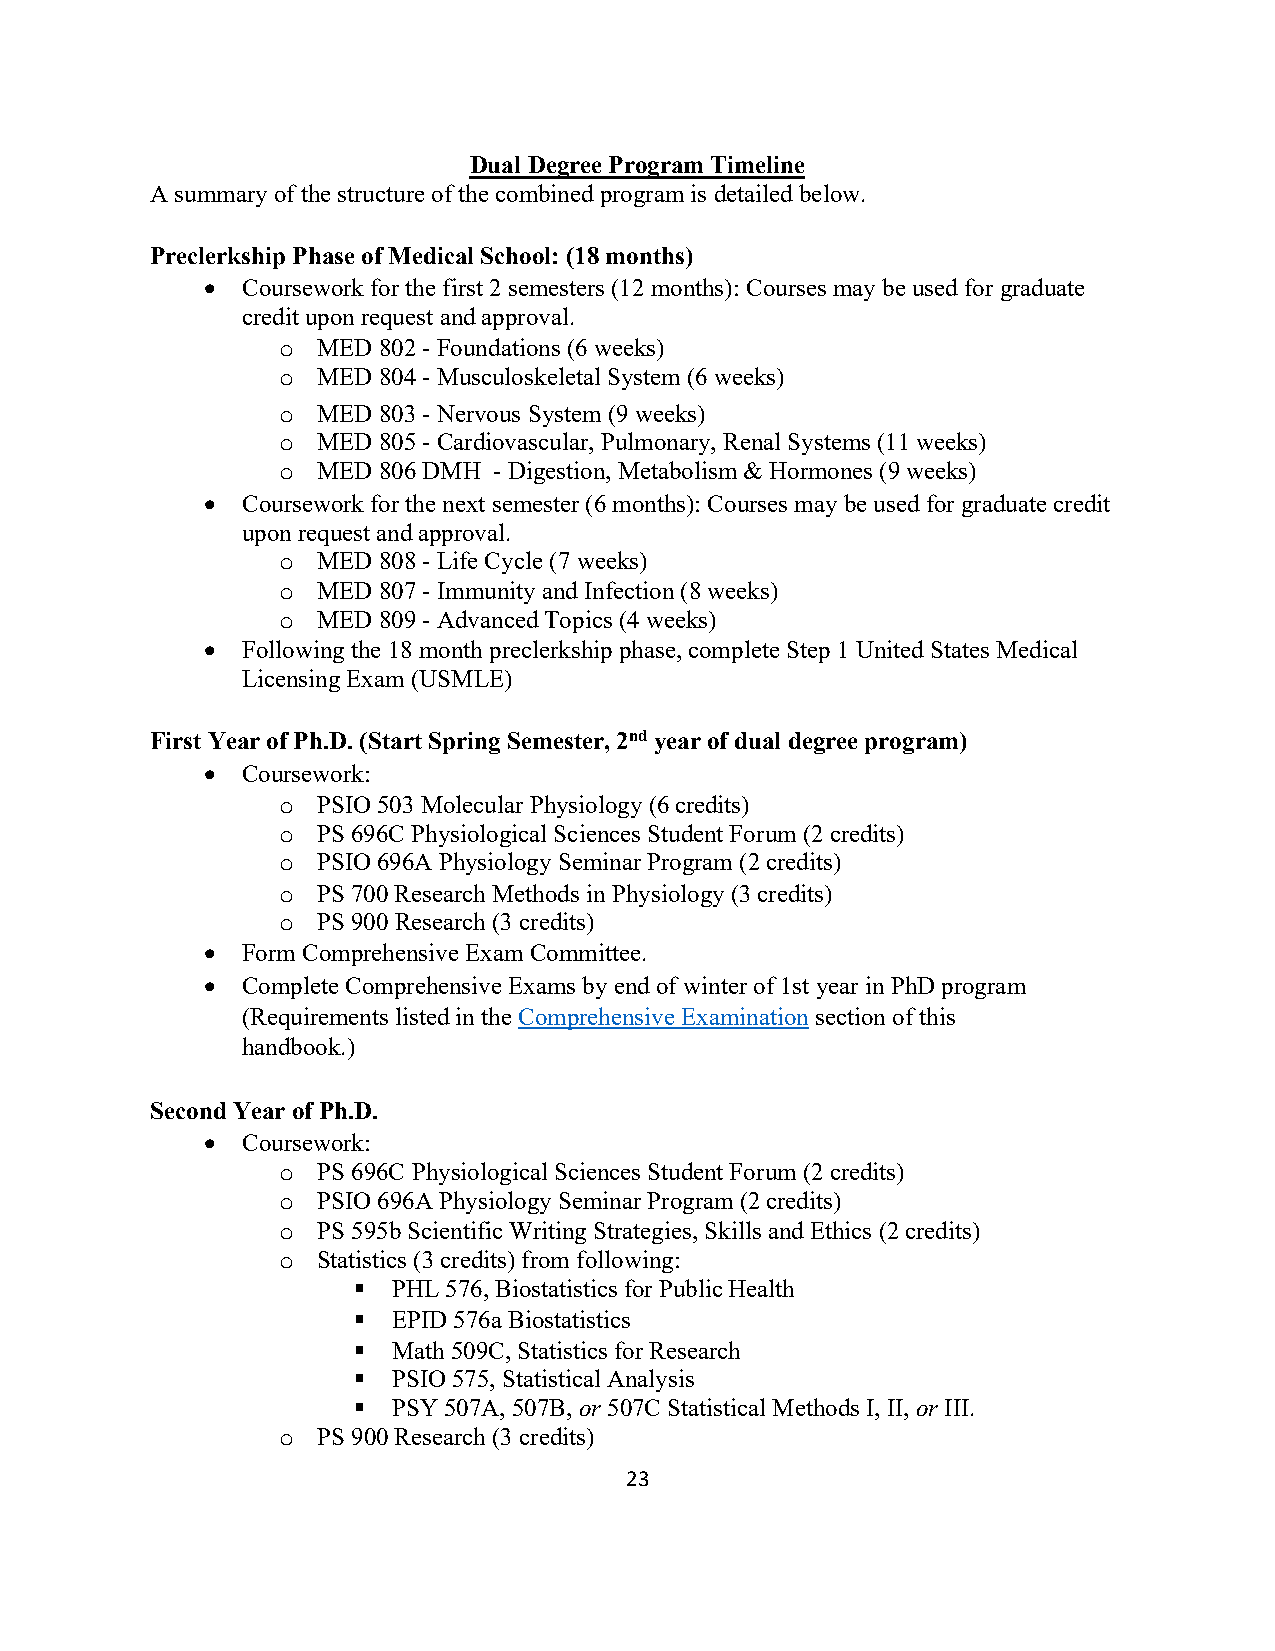
Dual Degree Program Timeline
 A summary of the structure of the combined program is detailed below.
 Preclerkship Phase of Medical School: (18 months)
 • Coursework for the first 2 semesters (12 months): Courses may be used for graduate
 credit upon request and approval.
 MED 802 - Foundations (6 weeks)
 o
 MED 804 - Musculoskeletal System (6 weeks)
 o
 MED 803 - Nervous System (9 weeks)
 o
 MED 805 - Cardiovascular, Pulmonary, Renal Systems (11 weeks)
 o
 MED 806 DMH - Digestion, Metabolism & Hormones (9 weeks)
 o
 • Coursework for the next semester (6 months): Courses may be used for graduate credit
 upon request and approval.
 MED 808 - Life Cycle (7 weeks)
 o
 MED 807 - Immunity and Infection (8 weeks)
 o
 MED 809 - Advanced Topics (4 weeks)
 o
 • Following the 18 month preclerkship phase, complete Step 1 United States Medical
 Licensing Exam (USMLE)
 First Year of Ph.D. (Start Spring Semester, 2nd year of dual degree program)
 • Coursework:
 PSIO 503 Molecular Physiology (6 credits)
 o
 PS 696C Physiological Sciences Student Forum (2 credits)
 o
 PSIO 696A Physiology Seminar Program (2 credits)
 o
 PS 700 Research Methods in Physiology (3 credits)
 o
 PS 900 Research (3 credits)
 o
 • Form Comprehensive Exam Committee.
 • Complete Comprehensive Exams by end of winter of 1st year in PhD program
 (Requirements listed in the Comprehensive Examination section of this
 handbook.)
 Second Year of Ph.D.
 • Coursework:
 PS 696C Physiological Sciences Student Forum (2 credits)
 o
 PSIO 696A Physiology Seminar Program (2 credits)
 o
 PS 595b Scientific Writing Strategies, Skills and Ethics (2 credits)
 o
 Statistics (3 credits) from following:
 o
   PHL 576, Biostatistics for Public Health
   EPID 576a Biostatistics
   Math 509C, Statistics for Research
   PSIO 575, Statistical Analysis
   PSY 507A, 507B, or 507C Statistical Methods I, II, or III.
 PS 900 Research (3 credits)
 o
 23